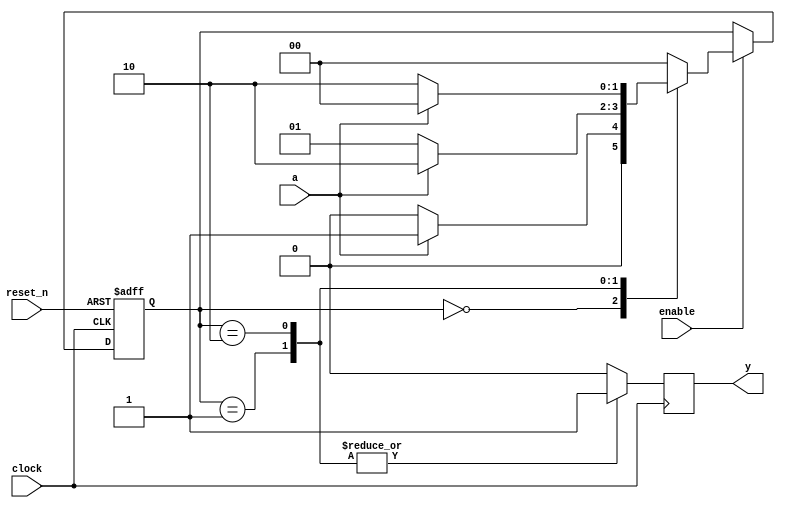
// This program was cloned from: https://github.com/RomeoMe5/DDLM
// License: MIT License

module lab8_2
(
    input  clock,
    input  reset_n,
    input  enable,
    input  a,
    output reg    y
);

    parameter [1:0] S0 = 0, S1 = 1, S2 = 2;

    reg [1:0] state, next_state;

    // State register

    always @ (posedge clock or negedge reset_n)
        if (! reset_n)
            state <= S0;
        else if (enable)
            state <= next_state;

    // Next state logic

    always @*
        case (state)
        
        S0:
            if (a)
                next_state = S1;
            else
                next_state = S0;

        S1:
            if (a)
                next_state = S2;
            else
                next_state = S1;

        S2:
            if (a)
                next_state = S0;
            else
                next_state = S2;

        default:

            next_state = S0;

        endcase

    // Output logic based on current state

    always @ (posedge clock)
        case (state)
			S0: y <= 0;
			S1: y <= 1;
			S2: y <= 1;
			default: y <= 0;
        endcase

endmodule